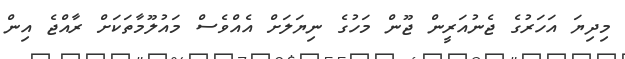
މިދިޔަ އަހަރުގެ ޖެނުއަރީން ޖޫން މަހުގެ ނިޔަލަށް އެއްވެސް މައުލޫމާތަކަށް ރާއްޖެ އިން